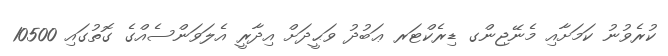
ކުރެވުނު ކަމަށާއި މެނޭޖިންގ ޑިރެކްޓަރ ޢަބުދު ވަޙީދަށް އިދާރީ އެލަވަންސެއްގެ ގޮތުގައި 10500